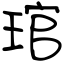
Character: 琯